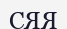
СЯЯ